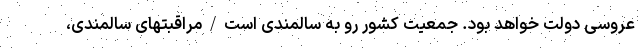
عروسی دولت خواهد بود. جمعیت کشور رو به سالمندی است/مراقبتهای سالمندی،